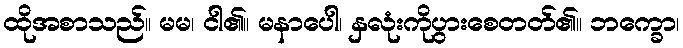
ထိုအစာသည်။ မမ၊ ငါ၏။ မနာပေါ၊ နှလုံးကိုပွားစေတတ်၏။ ဘက္ခော၊